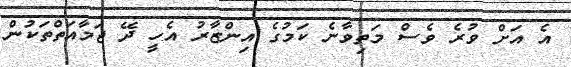
އެ އަށް ވުރެ ވެސް މަތިވާނެ ކަމުގެ އިންޒާރު އެހީ ދޭ ޖަމާއަތްތަކުން